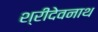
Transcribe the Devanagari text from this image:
श्रीदेवनाथ